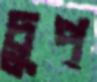
চুপ্